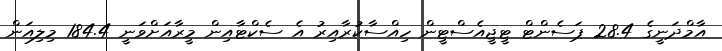
އާމްދަނީގެ 28.4 ޕަސެންޓް ޓީޖީއެސްޓީން ހިއްސާކުރާއިރު އެ ސެކްޓާއިން މީރާއަށްވަނީ 184.4 މިލިއަން